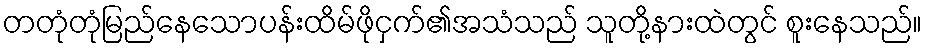
တတုံတုံမြည်နေသောပန်းထိမ်ဖိုငှက်၏အသံသည် သူတို့နားထဲတွင် စူးနေသည်။